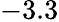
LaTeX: -3.3